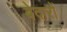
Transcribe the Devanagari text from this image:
बेदारों